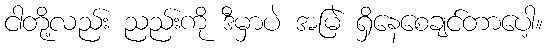
ငါတို့လည်း ညည်းကို ဒီမှာပဲ အမြဲ ရှိနေစေချင်တာပေါ့။